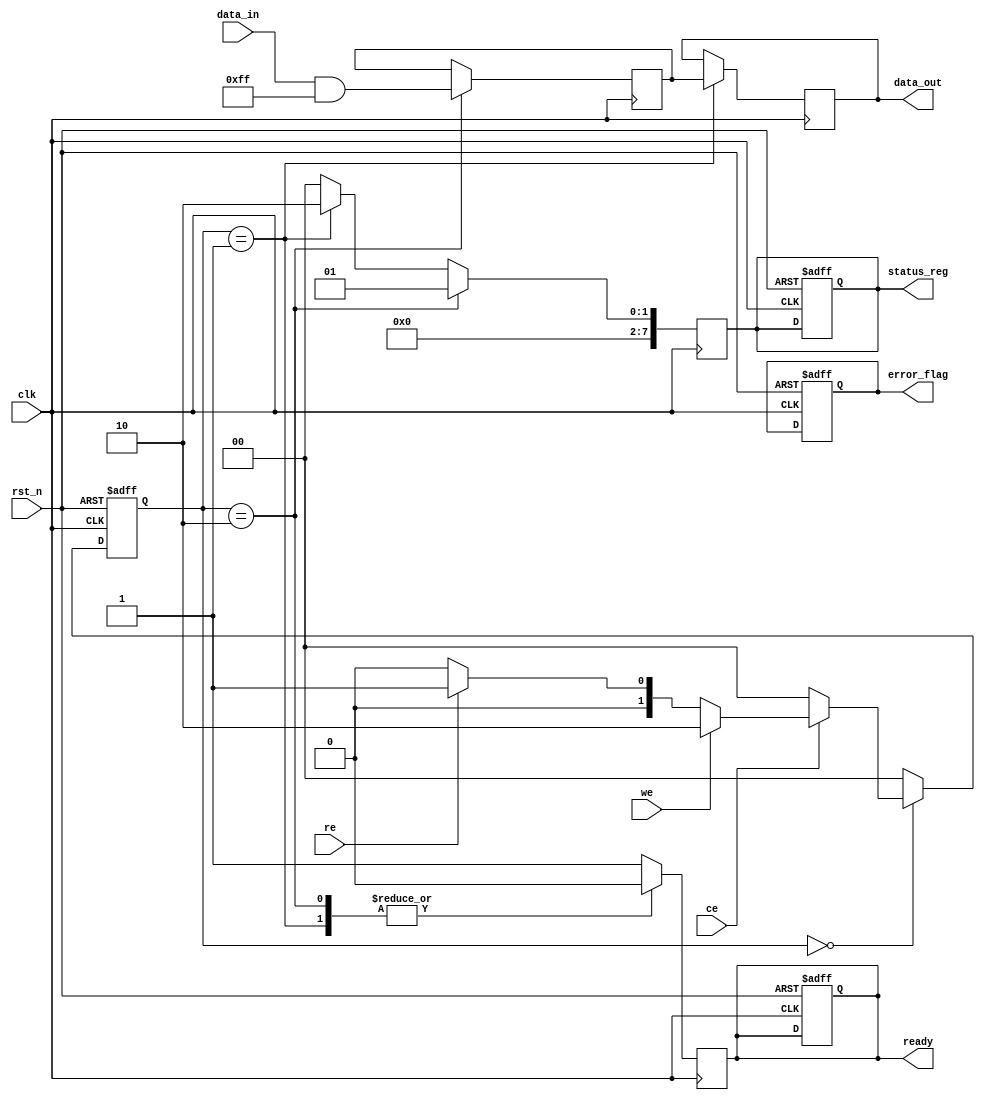
module io_block (
    input wire clk,
    input wire rst_n,
    input wire [7:0] data_in,          // Input data
    output reg [7:0] data_out,         // Output data
    input wire ce,                     // Chip Enable
    input wire we,                     // Write Enable
    input wire re,                     // Read Enable
    output reg ready,                  // Ready signal
    output reg error_flag,             // Error flag
    output reg [7:0] status_reg        // Status register
);

// Parameters
parameter IDLE = 2'b00;
parameter READ = 2'b01;
parameter WRITE = 2'b10;
parameter ERASE = 2'b11;

reg [1:0] state, next_state;
reg [7:0] data_latch;                // Data latch for temporary storage

// Voltage Level Shifter (simplified)
wire [7:0] shifted_data;
assign shifted_data = (data_in & 8'hFF);  // Simple passthrough for example

// State Machine
always @(posedge clk or negedge rst_n) begin
    if (!rst_n) begin
        state <= IDLE;
        ready <= 1'b1;
        error_flag <= 1'b0;
        status_reg <= 8'h00;
    end else begin
        state <= next_state;
    end
end

// Next State Logic
always @(*) begin
    case (state)
        IDLE: begin
            if (ce) begin
                if (we) begin
                    next_state = WRITE;
                end else if (re) begin
                    next_state = READ;
                end else begin
                    next_state = IDLE;
                end
            end else begin
                next_state = IDLE;
            end
        end
        WRITE: begin
            next_state = IDLE; // Transition back to IDLE after write
        end
        READ: begin
            next_state = IDLE; // Transition back to IDLE after read
        end
        default: next_state = IDLE;
    endcase
end

// Output Logic
always @(posedge clk) begin
    case (state)
        WRITE: begin
            data_latch <= shifted_data; // Store data to latch
            ready <= 1'b0;               // Not ready during write
            // Additional write logic can be added here
        end
        READ: begin
            data_out <= data_latch;      // Output data from latch
            ready <= 1'b0;               // Not ready during read
            // Additional read logic can be added here
        end
        default: begin
            ready <= 1'b1;               // Set ready when idle
        end
    endcase
end

// Status Register Update Logic
always @(posedge clk) begin
    if (state == WRITE) begin
        status_reg <= 8'h01; // Example status for write operation
    end else if (state == READ) begin
        status_reg <= 8'h02; // Example status for read operation
    end else begin
        status_reg <= 8'h00; // Idle status
    end
end

endmodule